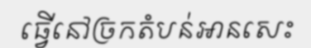
ធ្វើនៅច្រកតំបន់អានសេះ